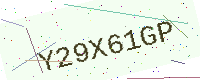
Text: Y29X61GP